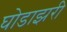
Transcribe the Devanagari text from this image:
घोडाझरी